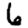
Digit: 6